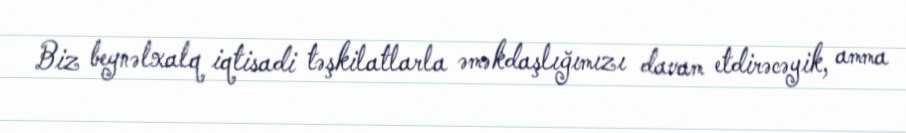
Biz beynəlxalq iqtisadi təşkilatlarla əməkdaşlığımızı davam etdirəcəyik, amma